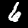
Digit: 6